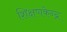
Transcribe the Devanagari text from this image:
शिक्षणकेन्द्र